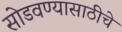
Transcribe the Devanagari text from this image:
सोडवण्यासाठीचे